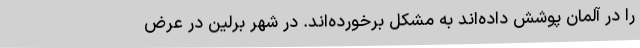
را در آلمان پوشش داده‌اند به مشکل برخورده‌اند. در شهر برلین در عرض